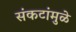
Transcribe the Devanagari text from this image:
संकटांमुळे